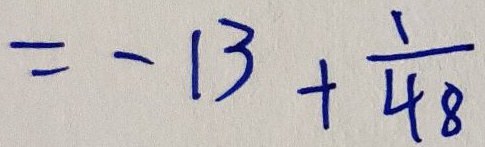
= - 1 3 + \frac { 1 } { 4 8 }